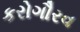
કરોગૌરવ